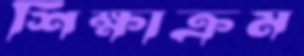
শিক্ষাক্রম